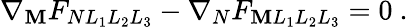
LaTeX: \nabla_{\mathbf{M}}F_{NL_{1}L_{2}L_{3}}-\nabla_{N}F_{\mathbf{M}L_{1}L_{2}L_{3}}=0~.